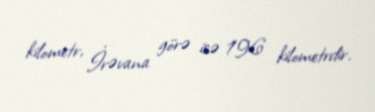
kilometr, İrəvana görə isə 196 kilometrdir.